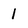
Character: 1